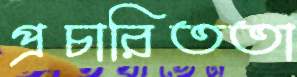
প্রচারিততা